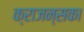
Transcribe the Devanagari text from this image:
क्राजन्सका